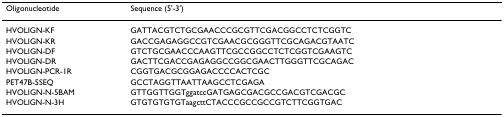
| Oligonucleotide | Sequence (5'-3') |
 | --- | --- |
 | HVOLIGN-KF | GATTACGTCTGCGAACCCGCGTTCGACGGCCTCTCGGTC |
 | HVOLIGN-KR | GACCGAGAGGCCGTCGAACGCGGGTTCGCAGACGTAATC |
 | HVOLIGN-DF | GTCTGCGAACCCAAGTTCGCCGGCCTCTCGGTCGAAGTC |
 | HVOLIGN-DR | GACTTCGACCGAGAGGCCGGCGAACTTGGGTTCGCAGAC |
 | HVOLIGN-PCR-1R | CGGTGACGCGGAGACCCCACTCGC |
 | PET47B-5SEQ | GCCTAGGTTAATTAAGCCTCGAGA |
 | HVOLIGN-N-5BAM | GTTGGTTGGTggatccGATGAGCGACGCCGACGTCGACGC |
 | HVOLIGN-N-3H | GTGTGTGTGTaagcttCTACCCGCCGCCGTCTTCGGTGAC |